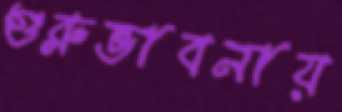
গুরুভাবনায়